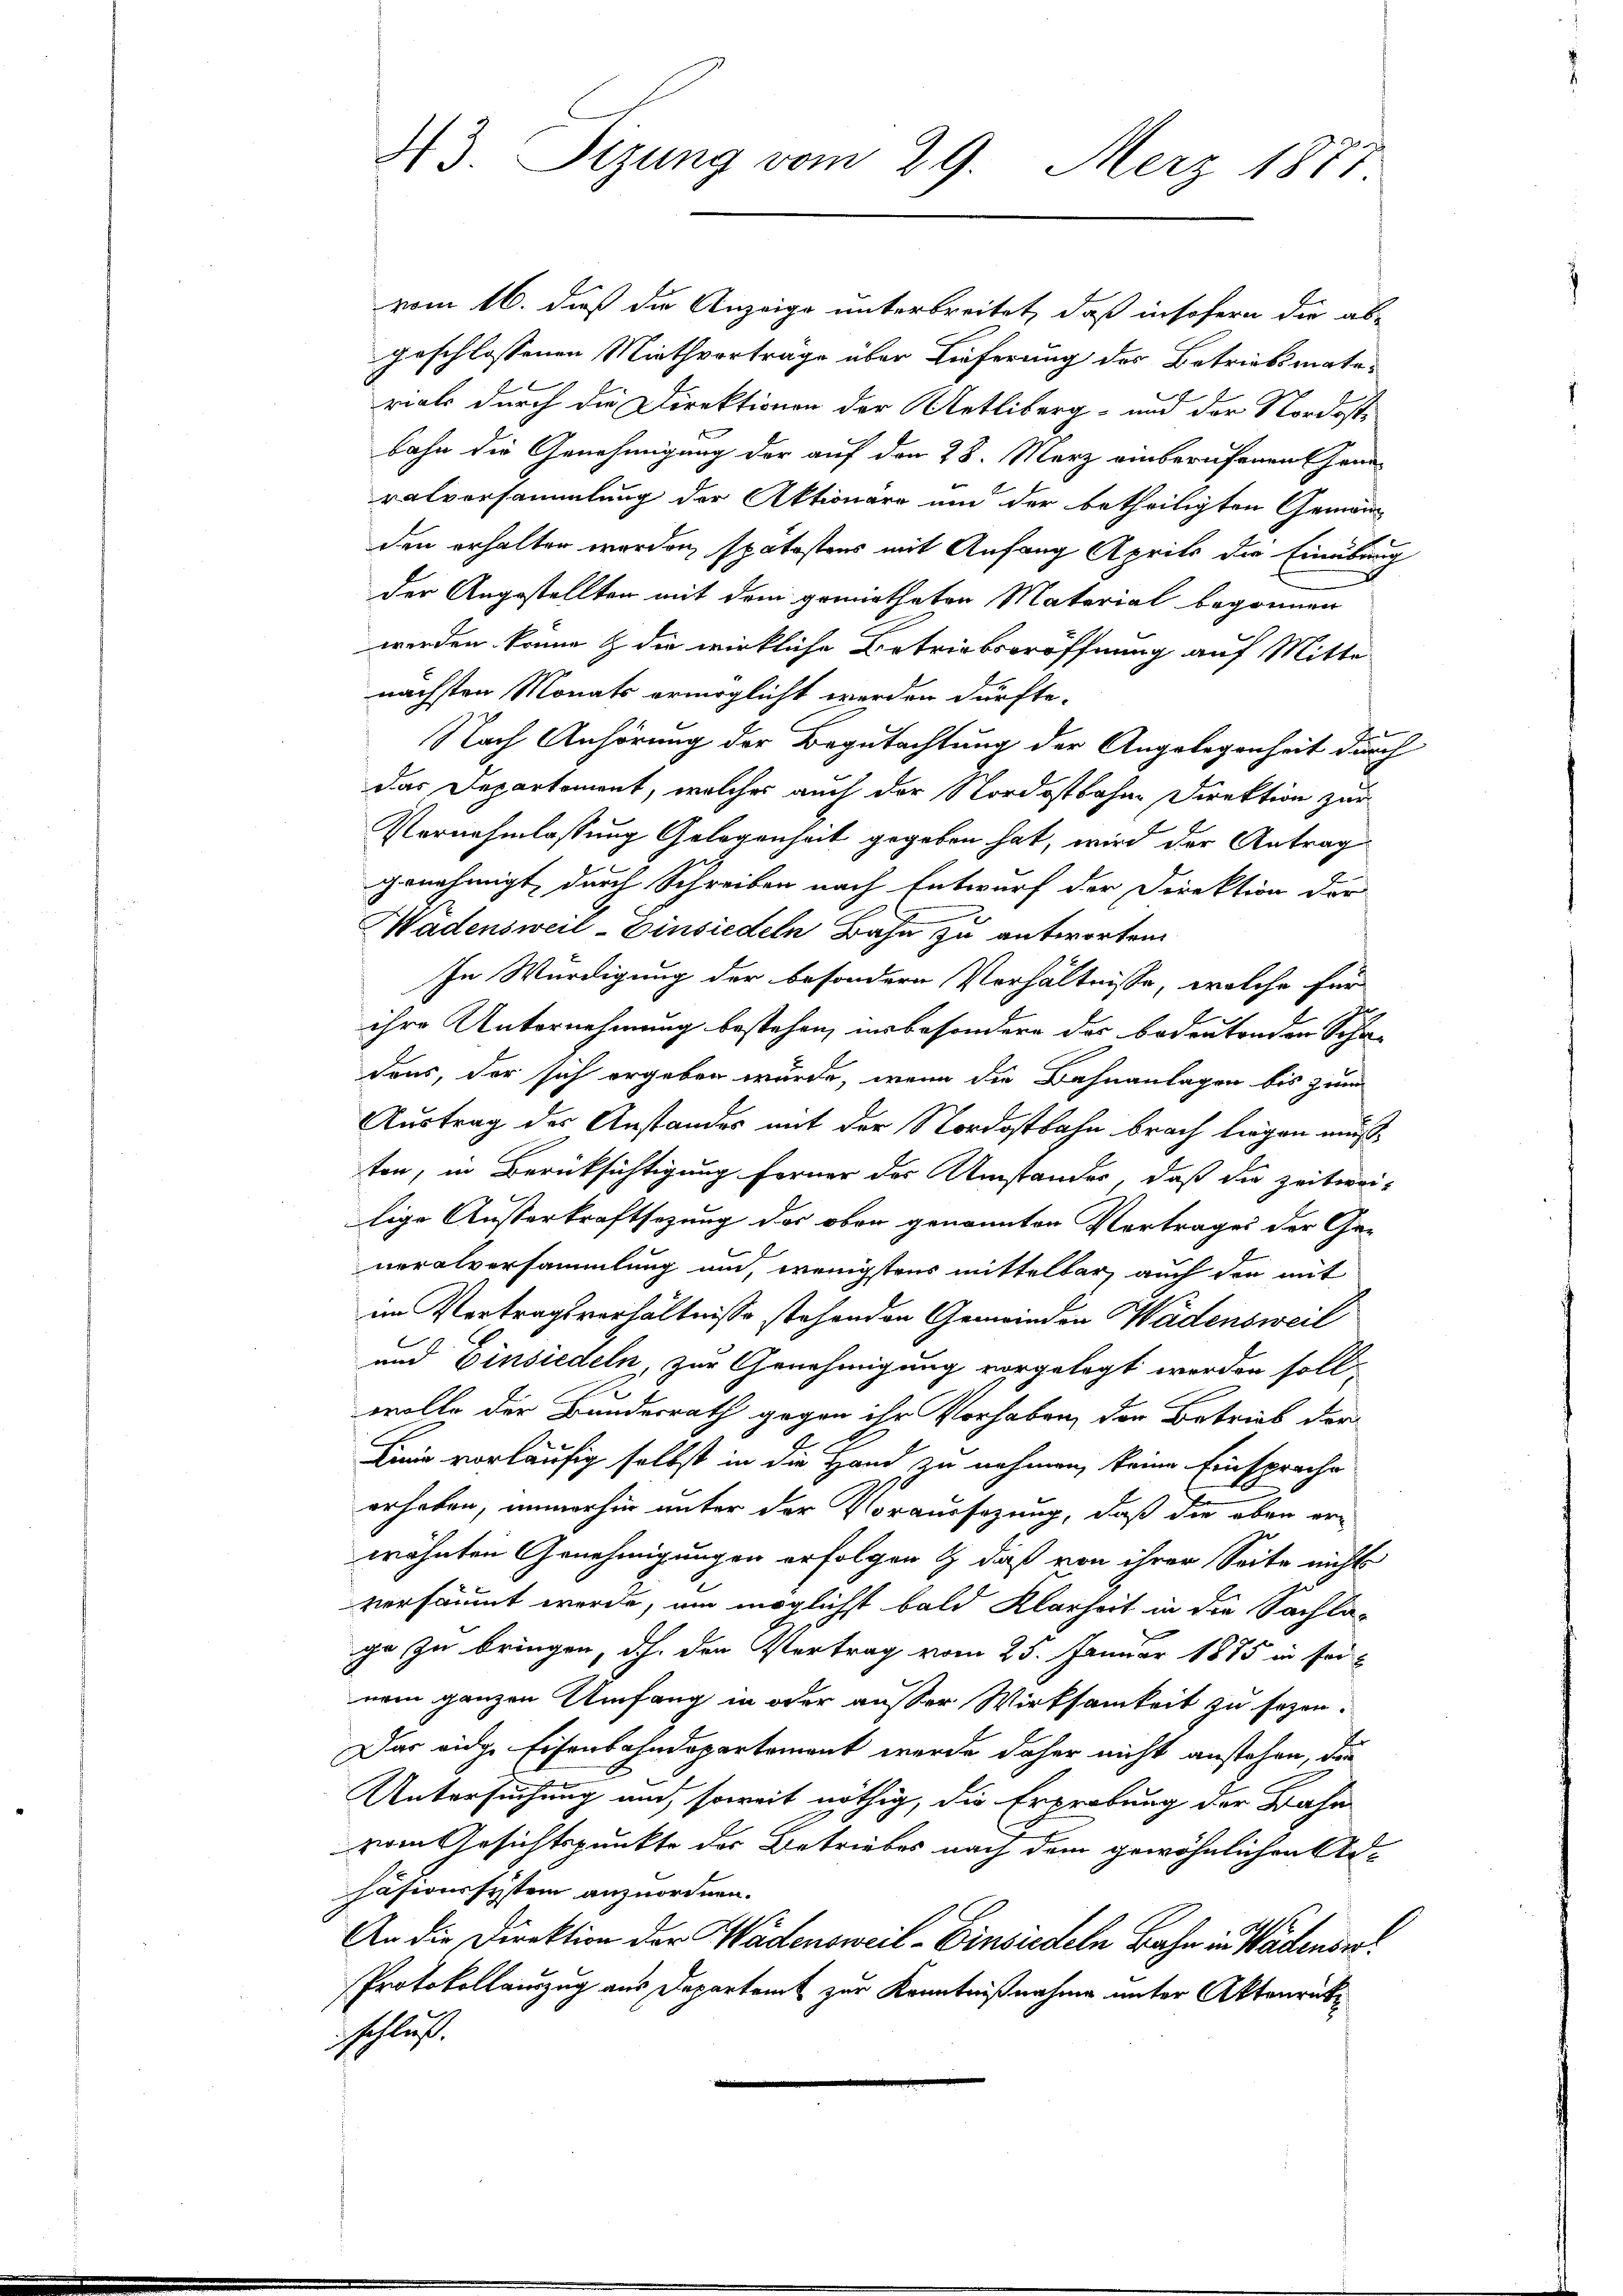
vom 16. daß die Anzeige unterbreitet, daß insofern die ab-
geschlossenen Miethvortrage über Lieferung des Betriebsmate-
rials durch die Direktionen der Metliberg- und der Nordostbahn die Genehmigung der auf den 28. März einberufenen Generalversammlung der Aktionäre und der betheiligten Gemein
den erhalten worden, spätostens mit Anfang Aprils die Einübung
der Angestellten mit dem gemietheten Material begonnen
werden könne & die wirkliche Betriebseröffnung auf Mitte
nächsten Monats ermöglicht werden dürfte.
Nach Anhörung der Begutachtung der Angelegenheit durch
Das Departement, welches auch der Nordostbahne Direktion zur
Vernehmlassung Gelegenheit gegeben hat, wird der Antrag
genehmigt, durch Schreiben nach Entwurf der Direktion der
Wadensweil–Einsiedeln Bahn zu antworten
In Würdigung der besondern Verhältnisse, welche für
ihre Unternehmung bestehen, insbesondere das bedeutenden Scha-
deas, der sich ergeben würde, wenn die Bahnanlagen bis zum
Austrag der Anstandes mit der Nordostbahn brach liegen muß
ton, in Berücksichtigung ferner der Umstandes, daß die Zeitweilige Ausserkraftsazung des ober genannten Vertrages der Generalversammlung und, wenigstens mittelbar, auch den mit
im Vertragsverhältnisse stehenden Gemeinden Wädensweil
und Einsiedeln, zur Genehmigung vorgelegt werden soll,
wolle der Bundesrath gegen ihr Vorhaben, der Betrieb der
Linie vorläufig selbst in die Hand zu nehmen, keine Einsprache
erheben, immerhin unter der Voraussazung, daß die eben er-
wähnten Genehmigungen erfolgen & daß von ihrer Seite nichts
versäumt werde, um möglichst bald Klarheit in die Sachla-
ge zu bringen, dh. den Vertrag vom 25. Januar 1885 in seinem ganzen Umfang in oder außer Wirksamkeit zu sezen.
Das eidge Eisenbahndepartement wurde daher nicht anstehen, die
Untersuchung und soweit nöthig, die Erprobung der Bahn
vom Gesichtspunkte des Betriebes nach dem gewöhnlichen Ad-
häsionssystem anzuordnen.
An die Direktion der Wädensweil–Einsiedeln Bahn in Wädenser¬
Protokollauszug aus Departamt zur Kenntnißnahme unter Aktenrüt
sschluß

43. Sizung vom 29. Merz 1877